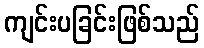
ကျင်းပခြင်းဖြစ်သည်